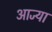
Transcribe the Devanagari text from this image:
आज्या